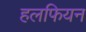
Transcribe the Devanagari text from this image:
हलफियन